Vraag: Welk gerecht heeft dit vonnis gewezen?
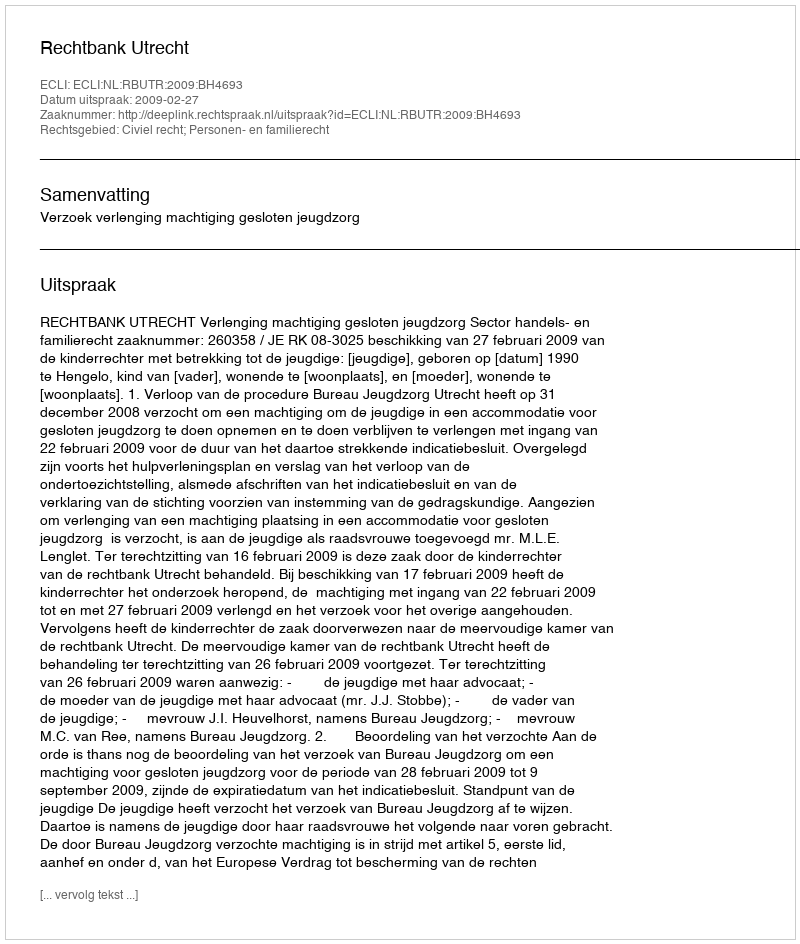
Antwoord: Rechtbank Utrecht